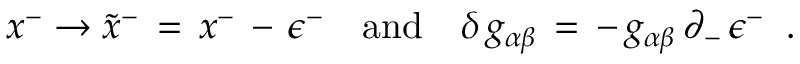
x ^ { - } \rightarrow \tilde { x } ^ { - } \, = \, x ^ { - } \, - \, \epsilon ^ { - } \quad \mathrm { a n d } \quad \delta \, g _ { \alpha \beta } \, = \, - \, g _ { \alpha \beta } \, \partial _ { - } \, \epsilon ^ { - } \; \; .